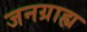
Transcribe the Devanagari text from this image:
जनग्राह्य